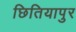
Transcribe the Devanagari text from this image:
छितियापुर